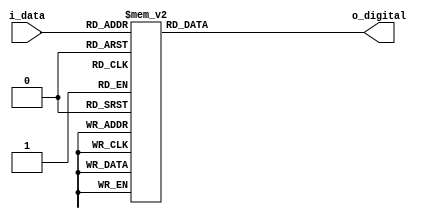
module display1(
    input [3:0] i_data,
    output reg [6:0]o_digital
);

/*
*00000000000*
5           1
5           1
5           1
5           1
*66666666666*
4           2
4           2
4           2
4           2
*33333333333*
*/
//  
always @(i_data) begin
    case(i_data)
        //               654_3210
        4'h0: o_digital = 7'b100_0000;
        4'h1: o_digital = 7'b111_1001;
        4'h2: o_digital = 7'b010_0100;
        4'h3: o_digital = 7'b011_0000;
        4'h4: o_digital = 7'b001_1001;
        4'h5: o_digital = 7'b001_0010;
        4'h6: o_digital = 7'b000_0010;
        4'h7: o_digital = 7'b111_1000;
        4'h8: o_digital = 7'b000_0000;
        4'h9: o_digital = 7'b001_0000;
        4'ha: o_digital = 7'b000_1000;
        4'hb: o_digital = 7'b000_0011;
        4'hc: o_digital = 7'b010_0111;
        4'hd: o_digital = 7'b010_0001;
        4'he: o_digital = 7'b000_0110;
        4'hf: o_digital = 7'b000_1110;
    endcase
end




endmodule